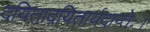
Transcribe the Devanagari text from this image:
दयितादयितार्यदान्तेः।